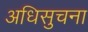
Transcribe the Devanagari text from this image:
अधिसुचना